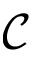
\mathcal { C }